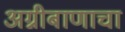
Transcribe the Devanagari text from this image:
अग्नीबाणाचा